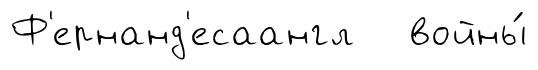
Ф'ернанд'есаангл войны́